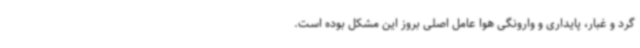
گرد و غبار، پایداری و وارونگی هوا عامل اصلی بروز این مشکل بوده است.